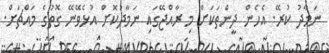
ނަމާދު ކުރޭ. އެހެން ދީންތަކަށް މި ރާއްޖޭގައި ނަމާދުކޮށް އުޅެވޭނޭ ގޮތުގެ މައްޗަށް.